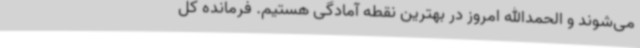
می‌شوند و الحمدالله امروز در بهترین نقطه آمادگی هستیم. فرمانده کل